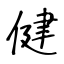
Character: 健